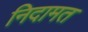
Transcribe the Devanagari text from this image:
निदामत